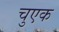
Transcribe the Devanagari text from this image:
चुएक